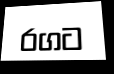
රගට